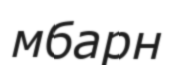
мбарн